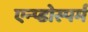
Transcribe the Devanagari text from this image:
एन्प्डोस्पर्म